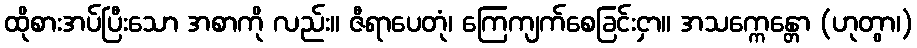
ထိုစားအပ်ပြီးသော အစာကို လည်း။ ဇီရာပေတုံ၊ ကြေကျက်စေခြင်းငှာ။ အသက္ကေန္တော (ဟုတွာ၊)